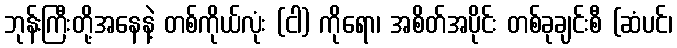
ဘုန်းကြီးတို့အနေနဲ့ တစ်ကိုယ်လုံး (ငါ) ကိုရော၊ အစိတ်အပိုင်း တစ်ခုချင်းစီ (ဆံပင်၊